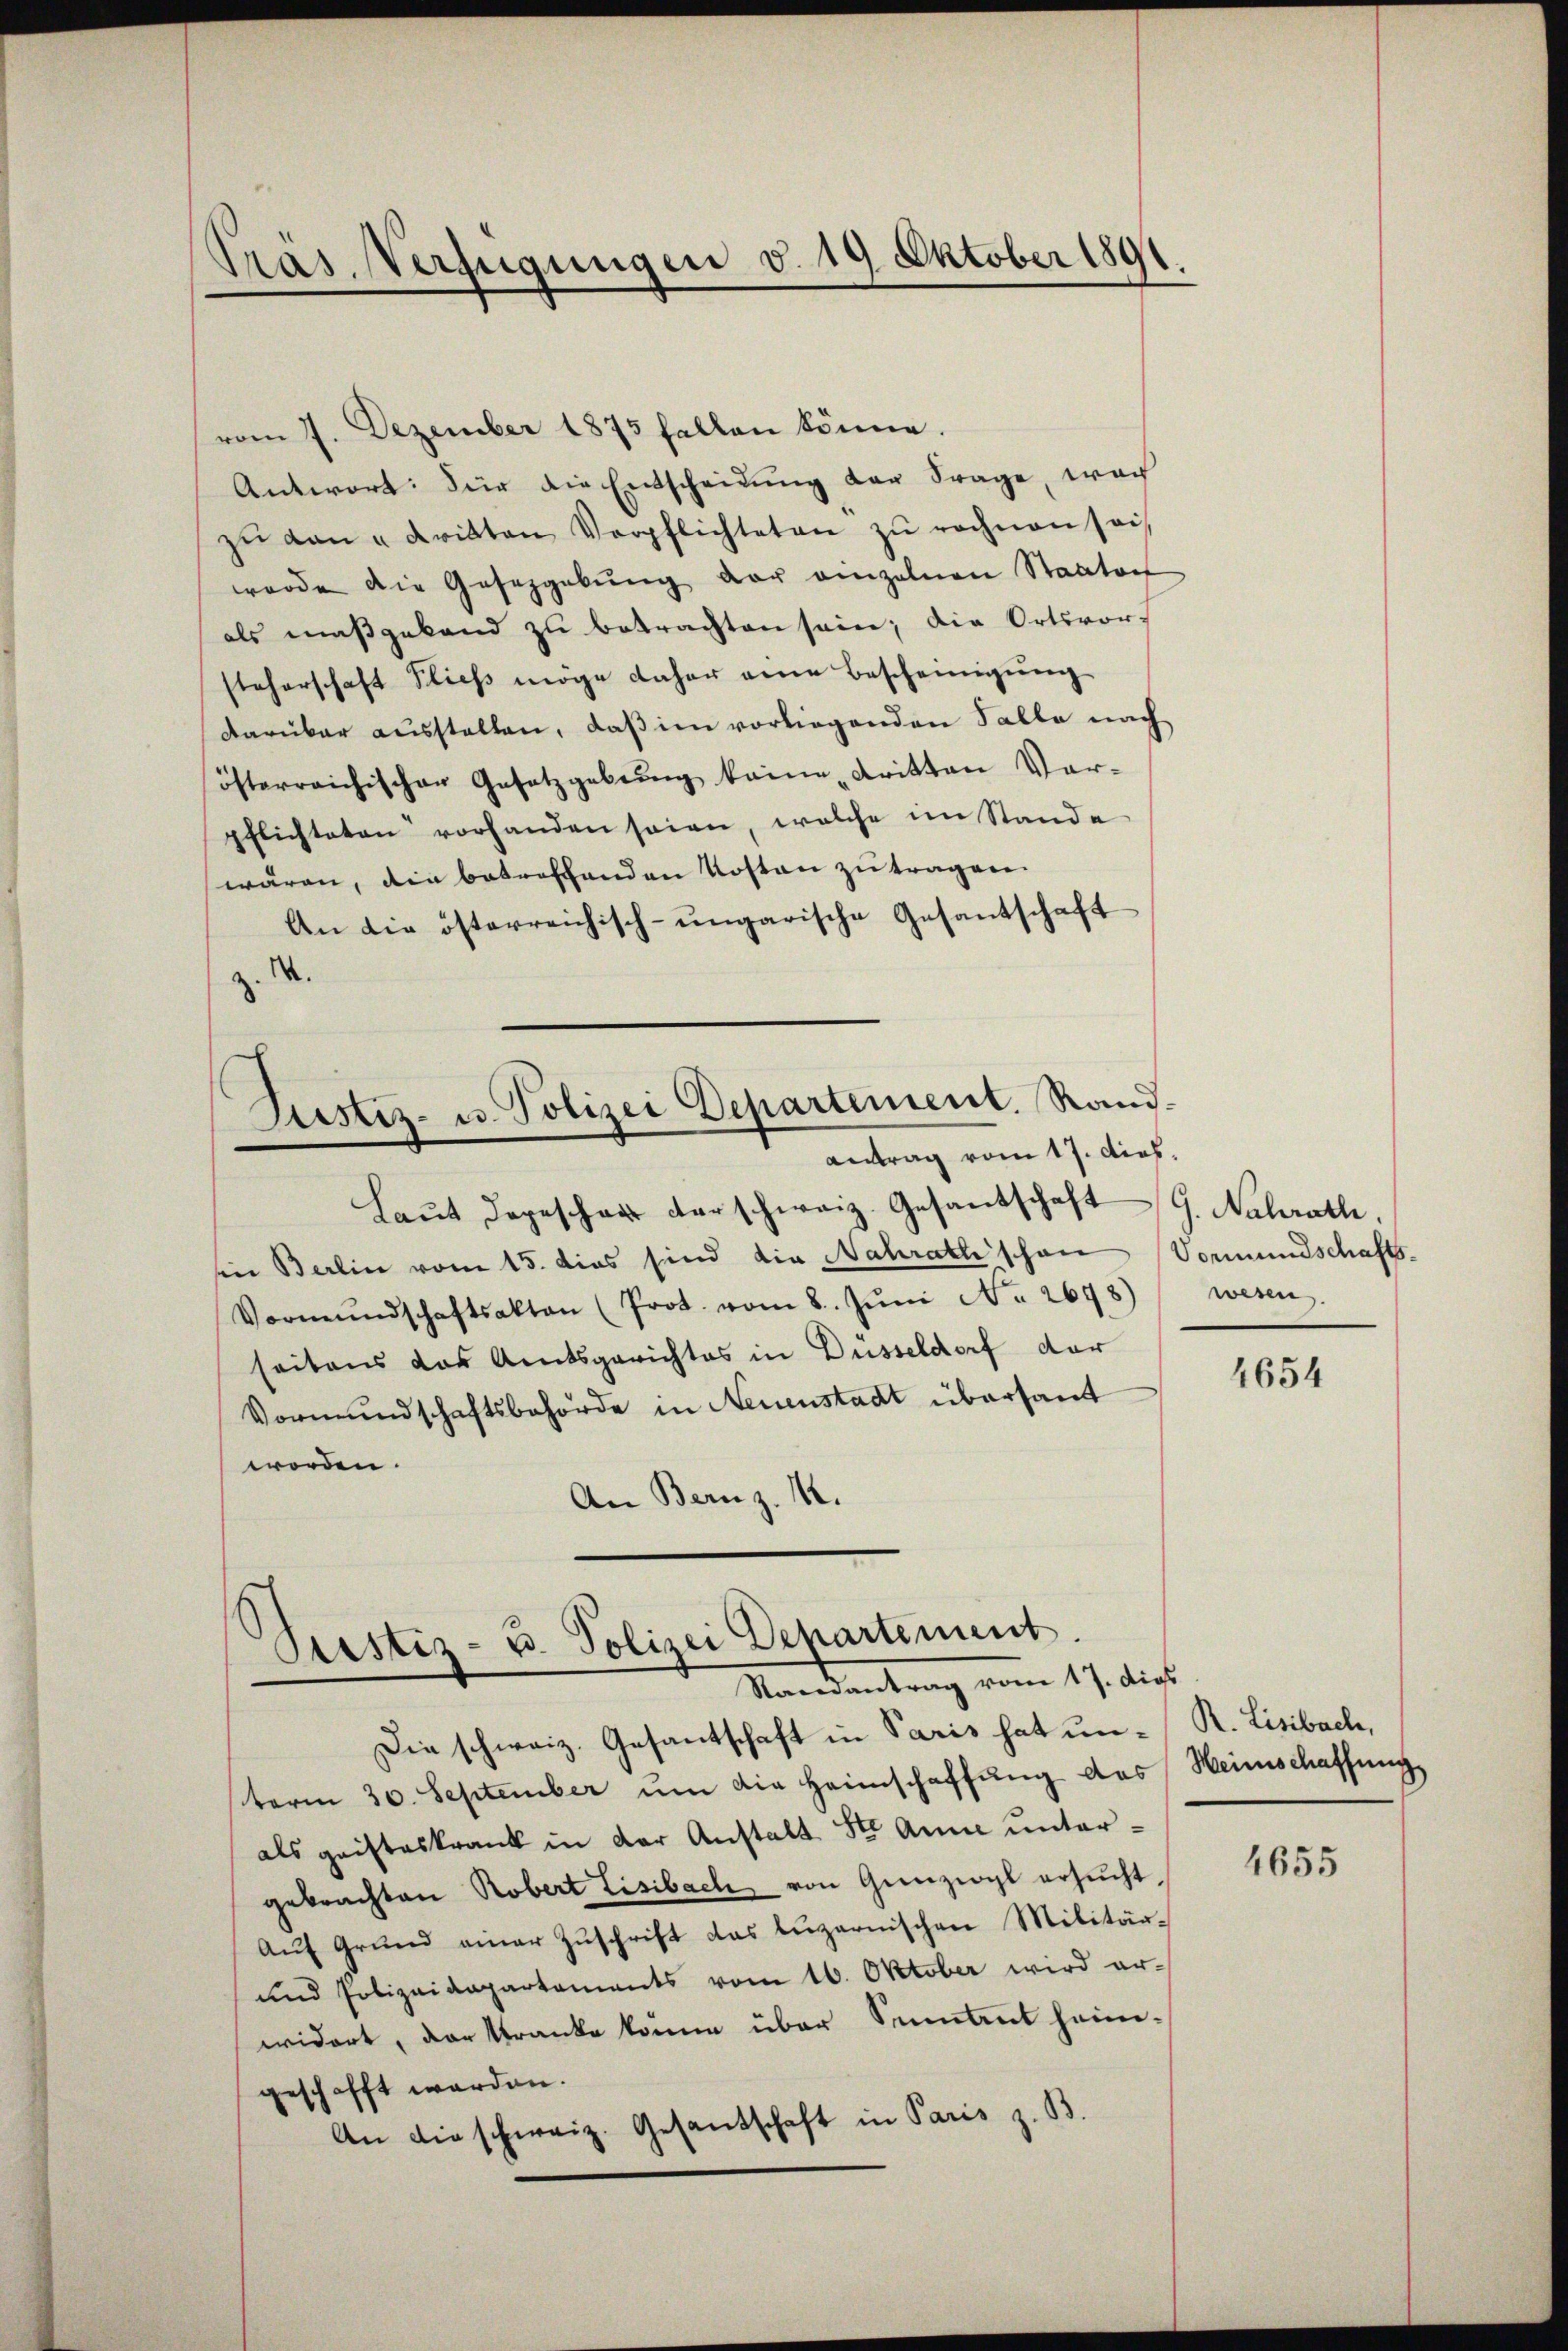
.
pas. Verfügungen d. 19 Oktober 1891.

vom 7. Dezember 1875 fallen könne.
Antwort: Für die Entscheidung der Frage, wach
zŭ den u dritten Verpflichteten zŭ rechnen sei,
werde die Gesetzgebŭng der einzelnen Staator
als maßgeband zu betrachten sein; die Ortsvorsteherschaft fließ möge daher eine Bescheinigung
darüber ausstellen, daß im vorliegenden Falle nach
österreichischen Gesetzgebung keine dritten Vor-
pflichteten vorhanden seien, welche im Stande
wären, die betroffenden Kosten zŭ tragen.
An die österreichisch-ungarische Gesantschaft
M.
Justiz- u. Polizei Departement. Rand-
Antrag vom 17. Dieb.
Laŭt dagescher derschweiz. Gesandschaft G. Nalrath,
in Berlin vom 15. dies sind die Nahrath schon
Vormŭndschaftsakten (Prot. vom 8. Jŭni No 2698)
seitens das Amtsgerichtes in Düsseldorf der
Vormundschaftsbehörde in Neuenstadt übersant
worden.
An Bernz. 12.

¬
Justiz- u. Polizei Departement.
Randantrag vom 17. dies

Die schweiz. Gesantschaft in Paris hat unterm 30. September ŭm die Heimschaffung das Weinschaffung
als geisteskrank in der Anstalt St. Anna untergebrachten Robert Lisibach, von Gunzwyl ersucht
Auf Grund einer Zuschrift das luzernischen Militär¬
und Polizeidepartements vom 16. Oktober wird erwidert, der kranke könne über Sennant heim-
geschafft werden.
An die schweiz. Gesandschaft in Paris z. B.

Vormundschaftswesen.

4654

R. Lisibach,

4655